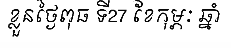
ខ្លួនថ្ងៃពុធ ទី27 ខែកុម្ភៈ ឆ្នាំ